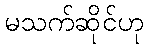
မသက်ဆိုင်ဟု